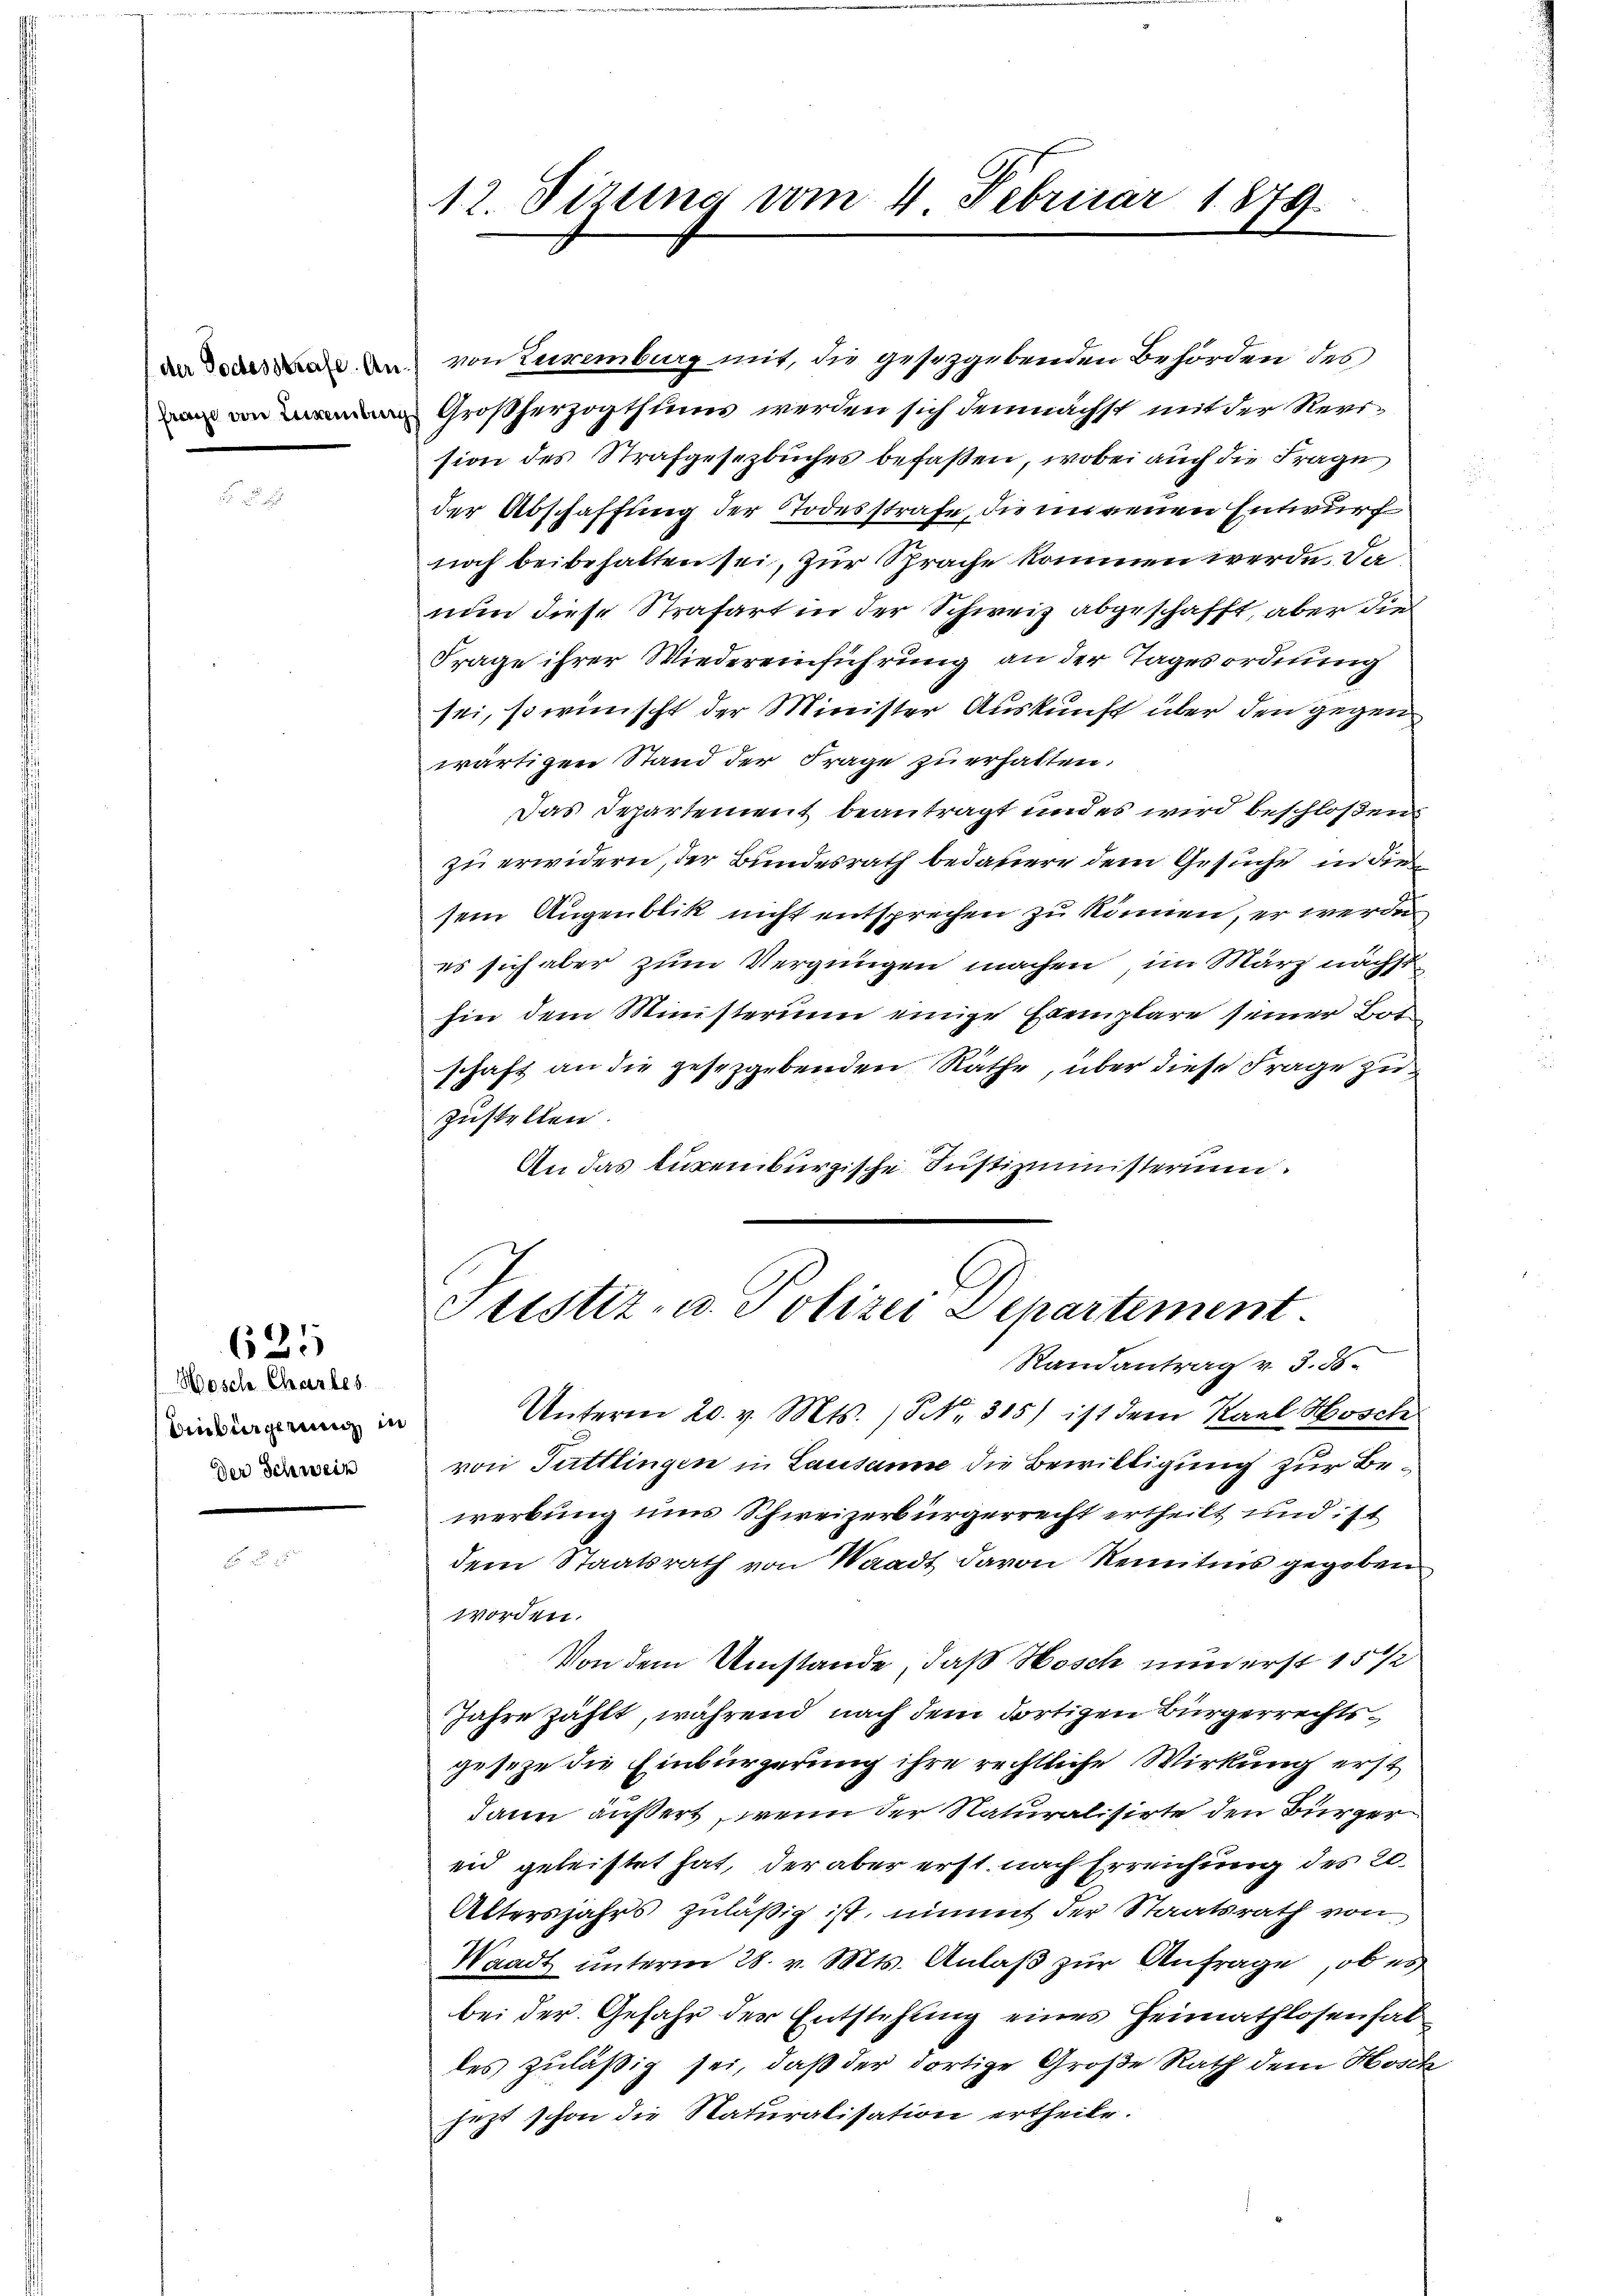
Wosch Chartes.
binbürgerung in
Der Schweiz

625

Er u. 15

12. Sirung vom 4. Februar 1879

von Zuremburg mit, die gesetzgebenden Behörden des
Großherzogthums werden sich demnächst mit der Revision des Strafgesezbuches befaßen, wobei auch die Frage
der Abschaffung der Todesstrafe, die minenen Entwurf
noch beibehalten sei, zur Sprache kommen werde. Da
nun diese Strafart in der Schweiz abgeschafft, aber die
Frage ihrer Wiedereinführung an der Tagesordnung
sei, so wünscht der Minister Auskunft über den gegen
wärtigen Stand der Frage zu erhalten.
Das Departement beantragt und es wird beschloßen
zu erwidern, der Bundesrath bedauern dem Gesuche in die
sein Augenblik nicht entsprechen zu können, er werde
es sich aber zum Vergnügen machen, im März nächsthin dem Ministerium einige Exemplare seiner Botschaft an die gesezgebenden Räthe, über diese Frage zu
zustellen.
An das bürenburgische Justizministerium.
1

Justiz- u. Polizei Departement

Randantrag v. 3. d.
Unterm 20. v. Mts. /5 NNo. 315) ist dem Karl Hosch
von Tuttlingen in Lausanne die Bewilligung zur Bewerbung uns Schweizerbürgerrecht ertheilt und ist
dem Staatsrath von Waadt davon Remitnis gegeben
worden.
Von dem Umstände, daß Hosch minderst 15 1/2
Jahre zählt, während nach dem dortigen Bürgerrechtsgeseze die Einbürgerung ihre rechtliche Wirkung erst
dann äußert, wenn der Naturalisirte den Bürger
eid geleistet hat, der aber erst nach Erreichung des 20
Altersjahrs zuläßig ist, nimmt der Staatsrath von
Waadt unterm 28. v. Mts. Anlaß zur Anfrage, ob es
bei der Gefahr der Entstehung eines Heimathlosen hab
les zuläßig sei, daß der dortige Große Rath dem Hosch
jezt schon die Naturalisation ertheile.